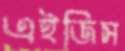
এইজিস